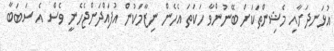
އުޅަނދަށާއި މެޝިންތަކަށް ބޭނުންވާ ހަކަތަ އެހެން ނިޒާމަކުން އުފައްދަންޖެހެނީ ވެސް އެ ސަބަބާ